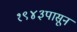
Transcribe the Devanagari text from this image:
१९४३पासून